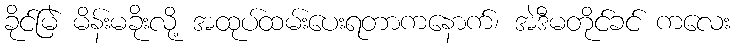
ခိုင်မြဲ မိန်းမခိုးလို့ အထုပ်ထမ်းပေးရတာကနောက်၊ အဲဒီမတိုင်ခင် ကလေး